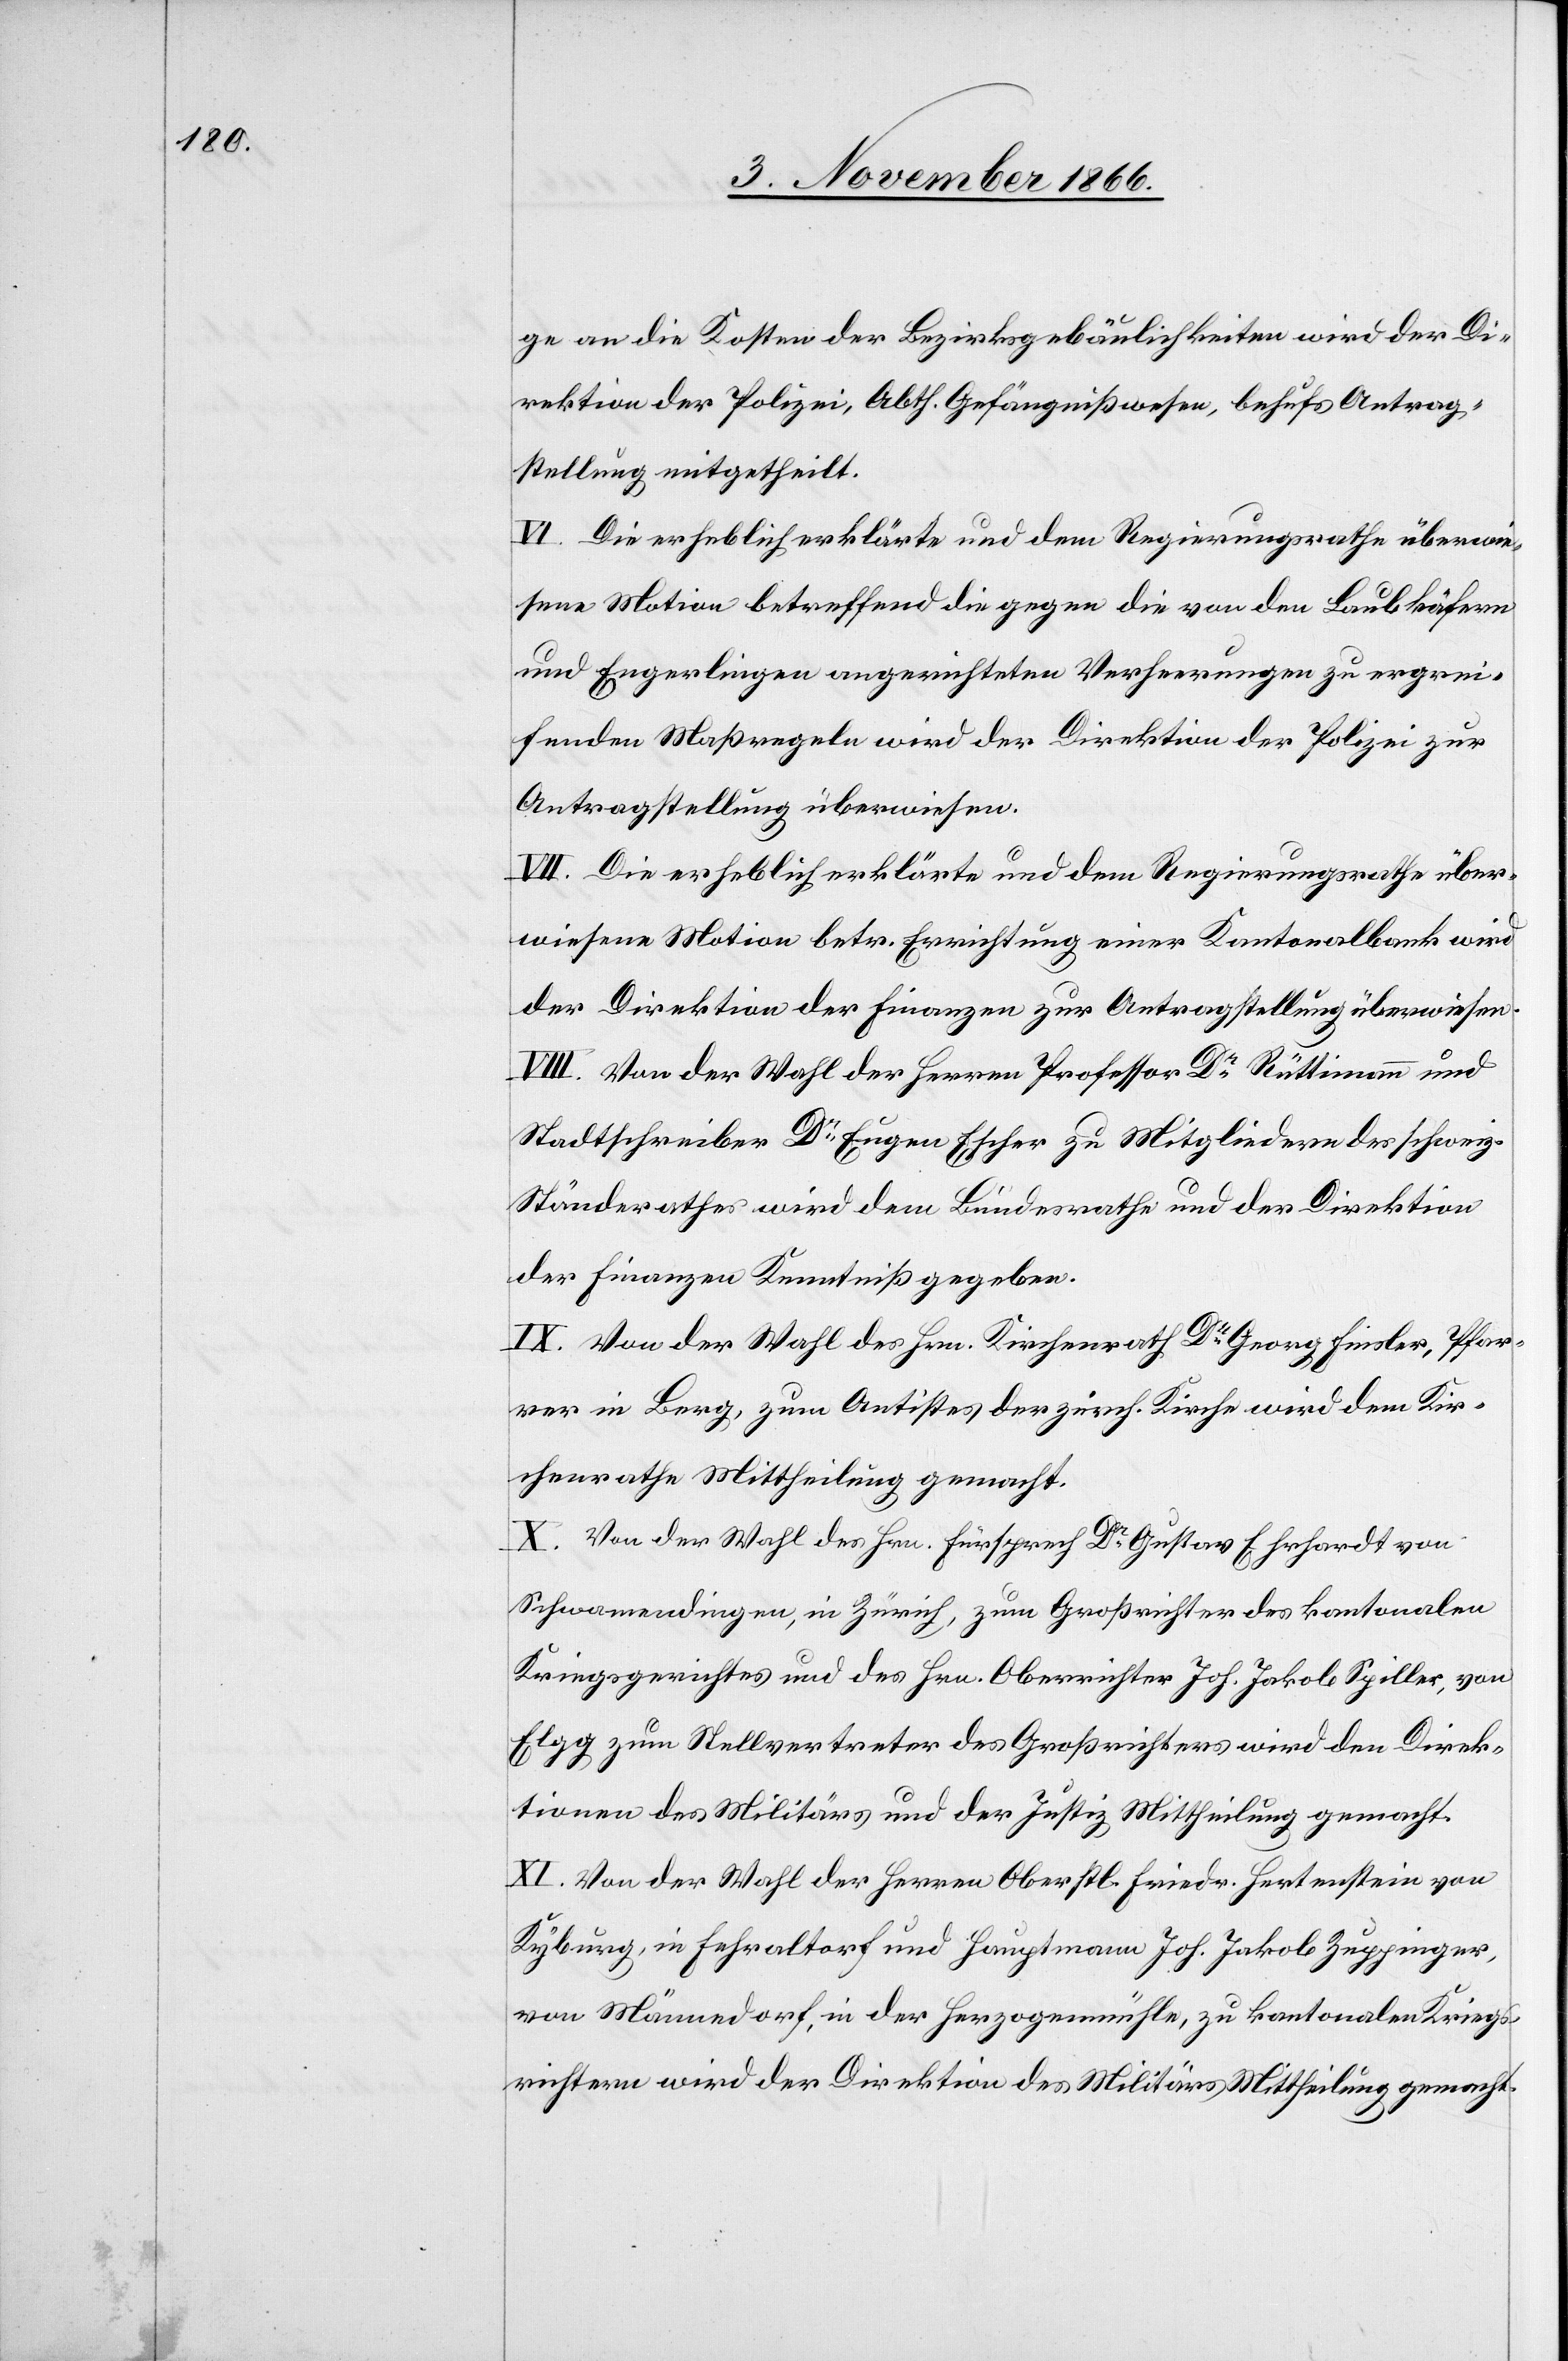
ge an die Kosten der Bezirksgebäulichkeiten wird der Di¬
rektion der Polizei, Abth. Gefängnißwesen, behufs Antrag¬
stellung mitgetheilt.
VI. Die erheblich erklärte und dem Regierungsrathe überwie¬
sene Motion betreffend die gegen die von den Laubkäfern
und Engerlingen angerichteten Verheerungen zu ergrei¬
fenden Maßregeln wird der Direktion der Polizei zur
Antragstellung überwiesen.
VII. Die erheblich erklärte und dem Regierungsrathe über¬
wiesene Motion betr. Errichtung einer Kantonalbank wird
der Direktion der Finanzen zur Antragstellung überwiesen.
VIII. Von der Wahl der Herren Professor Dr. Rüttimann und
Stadtschreiber Dr. Eugen Escher zu Mitgliedern des schweiz.
Ständerathes wird dem Bundesrathe und der Direktion
der Finanzen Kenntniß gegeben.
IX. Von der Wahl des Hrn. Kirchenrath Dr. Georg Finsler, Pfar¬
rer in Berg, zum Antistes der zürch. Kirche wird dem Kir¬
chenrathe Mittheilung gemacht.
X. Von der Wahl des Hrn. Fürsprech Dr. Gustav Ehrhardt von
Schwamendingen, in Zürich, zum Großrichter des kantonalen
Kriegsgerichtes und des Hrn. Oberrichter Joh. Jakob Spiller, von
Elgg, zum Stellvertreter des Großrichters wird den Direk¬
tionen des Militärs und der Justiz Mittheilung gemacht.
XI. Von der Wahl der Herren Oberstl. Friedr. Hertenstein von
Kyburg, in Fehraltorf und Hauptmann Joh. Jakob Zuppinger,
von Männedorf, in der Herzogenmühle, zu kantonalen Kriegs¬
richtern wird der Direktion des Militärs Mittheilung gemacht.